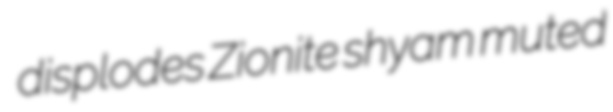
displodes Zionite shyam muted